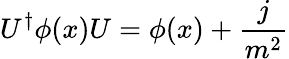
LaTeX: U^{\dagger}\phi(x)U=\phi(x)+{\frac{j}{m^{2}}}